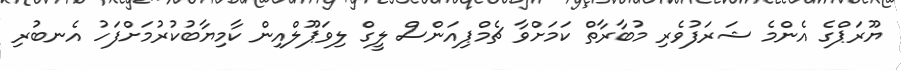
ޔޫރަޕްގެ އެންމެ ޝަރަފުވެރި މުބާރާތް ކަމަށްވާ ޗެމްޕިއަންސް ލީގް ލިވަޕޫލްއިން ކާމިޔާބުކުރުމަށްފަހު އެނބުރި